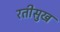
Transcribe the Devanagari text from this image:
रतीसुख